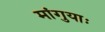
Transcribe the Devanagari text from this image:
मांगुयाः